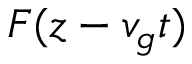
F ( z - v _ { g } t )